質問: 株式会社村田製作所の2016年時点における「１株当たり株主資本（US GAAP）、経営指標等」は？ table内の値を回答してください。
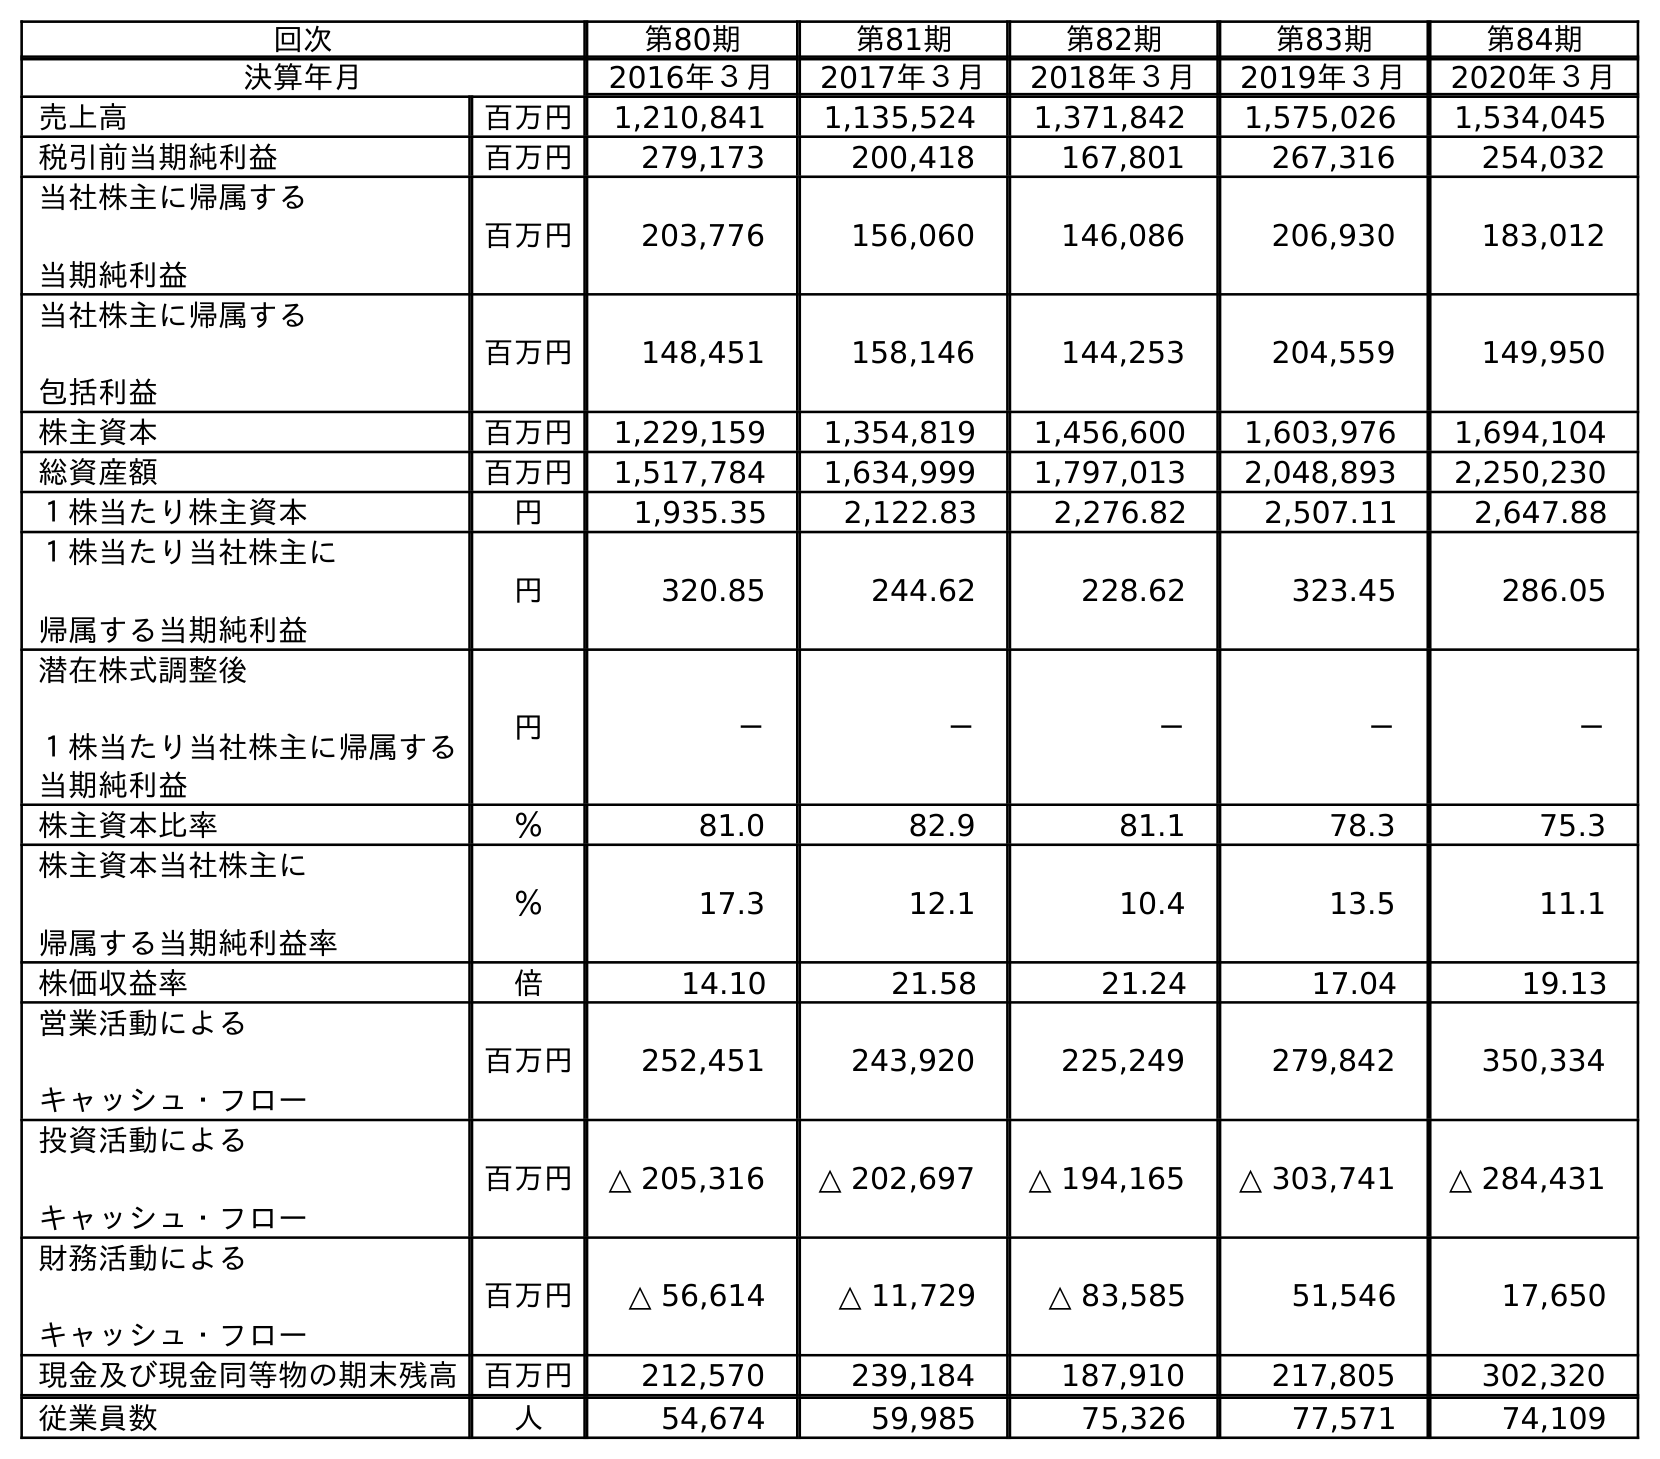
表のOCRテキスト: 回次 第80期 第81期 第82期 第83期 第84期 決算年月 2016年３月 2017年３月 2018年３月 2019年３月 2020年３月 売上高 百万円 1,210,841 1,135,524 1,371,842 1,575,026 1,534,045 税引前当期純利益 百万円 279,173 200,418 167,801 267,316 254,032 当社株主に帰属する 当期純利益 百万円 203,776 156,060 146,086 206,930 183,012 当社株主に帰属する 包括利益 百万円 148,451 158,146 144,253 204,559 149,950 株主資本 百万円 1,229,159 1,354,819 1,456,600 1,603,976 1,694,104 総資産額 百万円 1,517,784 1,634,999 1,797,013 2,048,893 2,250,230 １株当たり株主資本 円 1,935.35 2,122.83 2,276.82 2,507.11 2,647.88 １株当たり当社株主に 帰属する当期純利益 円 320.85 244.62 228.62 323.45 286.05 潜在株式調整後 １株当たり当社株主に帰属する 当期純利益 円 － － － － － 株主資本比率 ％ 81.0 82.9 81.1 78.3 75.3 株主資本当社株主に 帰属する当期純利益率 ％ 17.3 12.1 10.4 13.5 11.1 株価収益率 倍 14.10 21.58 21.24 17.04 19.13 営業活動による キャッシュ・フロー 百万円 252,451 243,920 225,249 279,842 350,334 投資活動による キャッシュ・フロー 百万円 △ 205,316 △ 202,697 △ 194,165 △ 303,741 △ 284,431 財務活動による キャッシュ・フロー 百万円 △ 56,614 △ 11,729 △ 83,585 51,546 17,650 現金及び現金同等物の期末残高 百万円 212,570 239,184 187,910 217,805 302,320 従業員数 人 54,674 59,985 75,326 77,571 74,109
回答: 1,935.35